Report on vaccination in Madras 1895-1903 - 1895-1903
Year: 1895
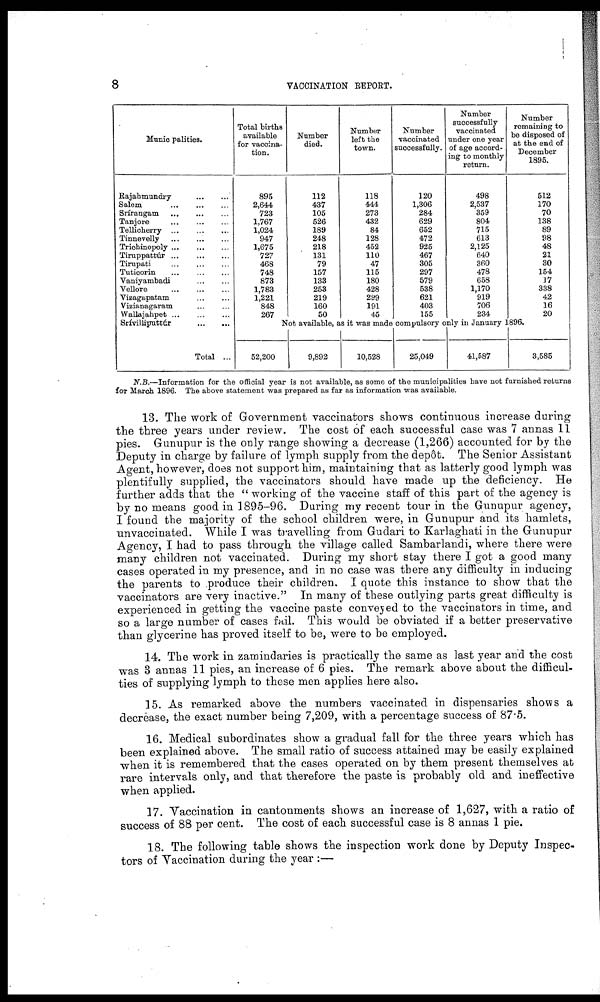
8
VACCINATION REPORT.
Municpalities.
Rajahmundry
...
...
Salem
...
...
...
Srírangam
...
...
...
Tanjore
...
...
...
Tellicherry
...
...
...
Tinnevelly ... ... ...
Trichinopoly
...
...
...
Tiruppattúr
...
...
...
Tirupati
...
...
...
Tuticorin
...
...
...
Vaniyambadi
...
...
Vellore
...
...
...
Vizagapatam ... ...
Vizianagaram ... ...
Wallajahpet
...
...
...
Srívilliputtúr
...
...
Total ...
Total births
available
for vaccina-
tion.
895
2,644
723
1,767
1,024
947
1,675
727
468
748
873
1,783
1,221
848
267
Number
died.
112
437
105
526
189
248
218
131
79
157
133
253
219
160
50
Number
left the
town.
118
444
273
432
84
128
452
110
47
115
180
428
299
191
45
Number
vaccinated
successfully.
120
1,306
284
629
652
472
925
467
305
297
579
538
621
403
155
Number
successfully
vaccinated
under one year
of age accord-
ing to monthly
return.
498
2,537
359
804
715
613
2,125
640
360
478
658
1,170
919
706
234
Number
remaining to
be disposed of
at the end of
December
1895.
512
170
70
138
89
98
48
21
30
154
17
338
42
16
20
Not available, as it was made compulsory only in January 1896.
52,200
9,892
10,528
25,049
41,587
3,585
N.B.—Information for the official year is not available, as some of the municipalities have not furnished returns
for March 1896. The above statement was prepared as far as information was available.
13. The work of Government vaccinators shows continuous increase during
the three years under review. The cost of each successful case was 7 annas 11
pies. Gunupur is the only range showing a decrease (1,266) accounted for by the
Deputy in charge by failure of lymph supply from the depôt. The Senior Assistant
Agent, however, does not support him, maintaining that as latterly good lymph was
plentifully supplied, the vaccinators should have made up the deficiency. He
further adds that the " working of the vaccine staff of this part of the agency is
by no means good in 1895-96. During my recent tour in the Gunupur agency,
I found the majority of the school children were, in Gunupur and its hamlets,
unvaccinated. While I was travelling from Gudari to Karlaghati in the Gunupur
Agency, I had to pass through the village called Sambarlandi, where there were
many children not vaccinated. During my short stay there I got a good many
cases operated in my presence, and in no case was there any difficulty in inducing
the parents to produce their children. I quote this instance to show that the
vaccinators are very inactive." In many of these outlying parts great difficulty is
experienced in getting the vaccine paste conveyed to the vaccinators in time, and
so a large number of cases fail. This would be obviated if a better preservative
than glycerine has proved itself to be, were to be employed.
14. The work in zamindaries is practically the same as last year and the cost
was 3 annas 11 pies, an increase of 6 pies. The remark above about the difficul-
ties of supplying lymph to these men applies here also.
15. As remarked above the numbers vaccinated in dispensaries shows a
decrease, the exact number being 7,209, with a percentage success of 87.5.
16. Medical subordinates show a gradual fall for the three years which has
been explained above. The small ratio of success attained may be easily explained
when it is remembered that the cases operated on by them present themselves at
rare intervals only, and that therefore the paste is probably old and ineffective
when applied.
17. Vaccination in cantonments shows an increase of 1,627, with a ratio of
success of 88 per cent. The cost of each successful case is 8 annas 1 pie.
18. The following table shows the inspection work done by Deputy Inspec-
tors of Vaccination during the year :—